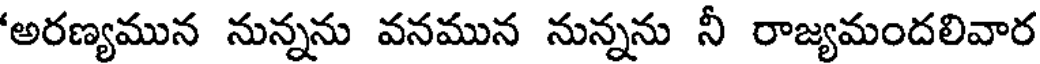
'అరణ్యమున నున్నను వనమున నున్నను నీ రాజ్యమందలివార